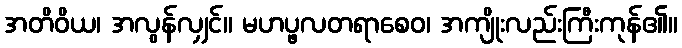
အတိဝိယ၊ အလွန်လျှင်။ မဟပ္ဖလတရာစေဝ၊ အကျိုးလည်းကြီးကုန်၏။